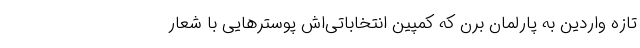
تازه واردین به پارلمان برن که کمپین انتخاباتی‌اش پوسترهایی با شعار